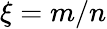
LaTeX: \xi=m/n